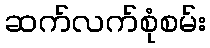
ဆက်လက်စုံစမ်း